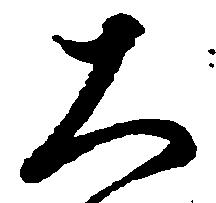
大